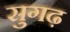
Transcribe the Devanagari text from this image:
सुगढ़